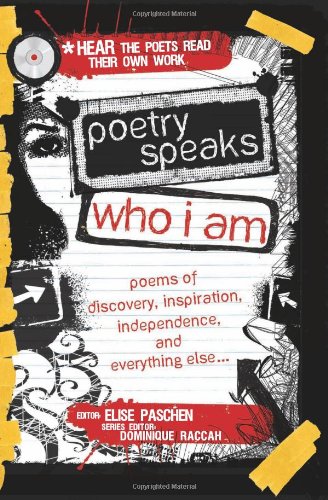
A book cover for Poetry Speaks Who I Am: Poems of Discovery, Inspiration, Independence, and Everything Else (A Poetry Speaks Experience); Elise Paschen; Teen & Young Adult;